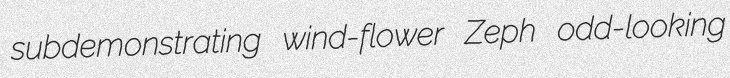
subdemonstrating wind-flower Zeph odd-looking